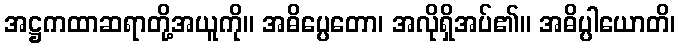
အဋ္ဌကထာဆရာတို့အယူကို။ အဓိပ္ပေတော၊ အလိုရှိအပ်၏။ အဓိပ္ပါယောတိ၊